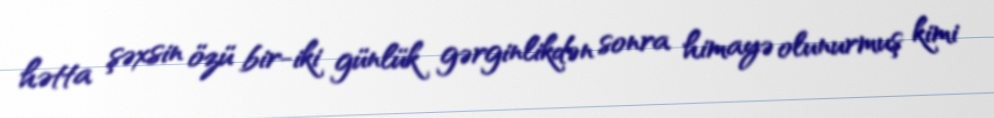
hətta şəxsin özü bir-iki günlük gərginlikdən sonra himayə olunurmuş kimi